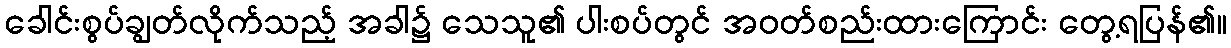
ခေါင်းစွပ်ချွတ်လိုက်သည့် အခါ၌ သေသူ၏ ပါးစပ်တွင် အဝတ်စည်းထားကြောင်း တွေ့ရပြန်၏။